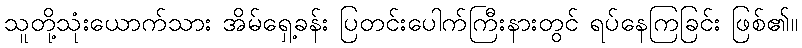
သူတို့သုံးယောက်သား အိမ်ရှေ့ခန်း ပြတင်းပေါက်ကြီးနားတွင် ရပ်နေကြခြင်း ဖြစ်၏။